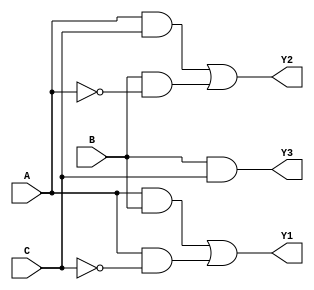
module FuseBasedPLA (
    input wire A, B, C,         // Inputs
    output wire Y1, Y2, Y3      // Outputs
);

// Declare product terms (outputs of the AND array)
wire P1, P2, P3;

// Programmable AND gates (fuses represented as parameters)
assign P1 = (A & B) | (A & ~C);  // Example 1: P1 = A*B + A*!C
assign P2 = (A & C) | (B & ~A);  // Example 2: P2 = A*C + B*!A
assign P3 = (B & C);             // Example 3: P3 = B*C

// Fixed OR array to generate outputs
assign Y1 = P1;                  // Output 1
assign Y2 = P2;                  // Output 2
assign Y3 = P3;                  // Output 3

endmodule